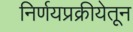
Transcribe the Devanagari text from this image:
निर्णयप्रक्रीयेतून